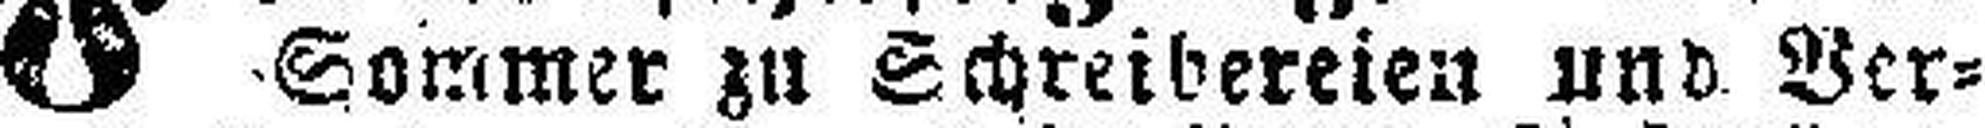
Sommer zu Schreibereien und Ver¬